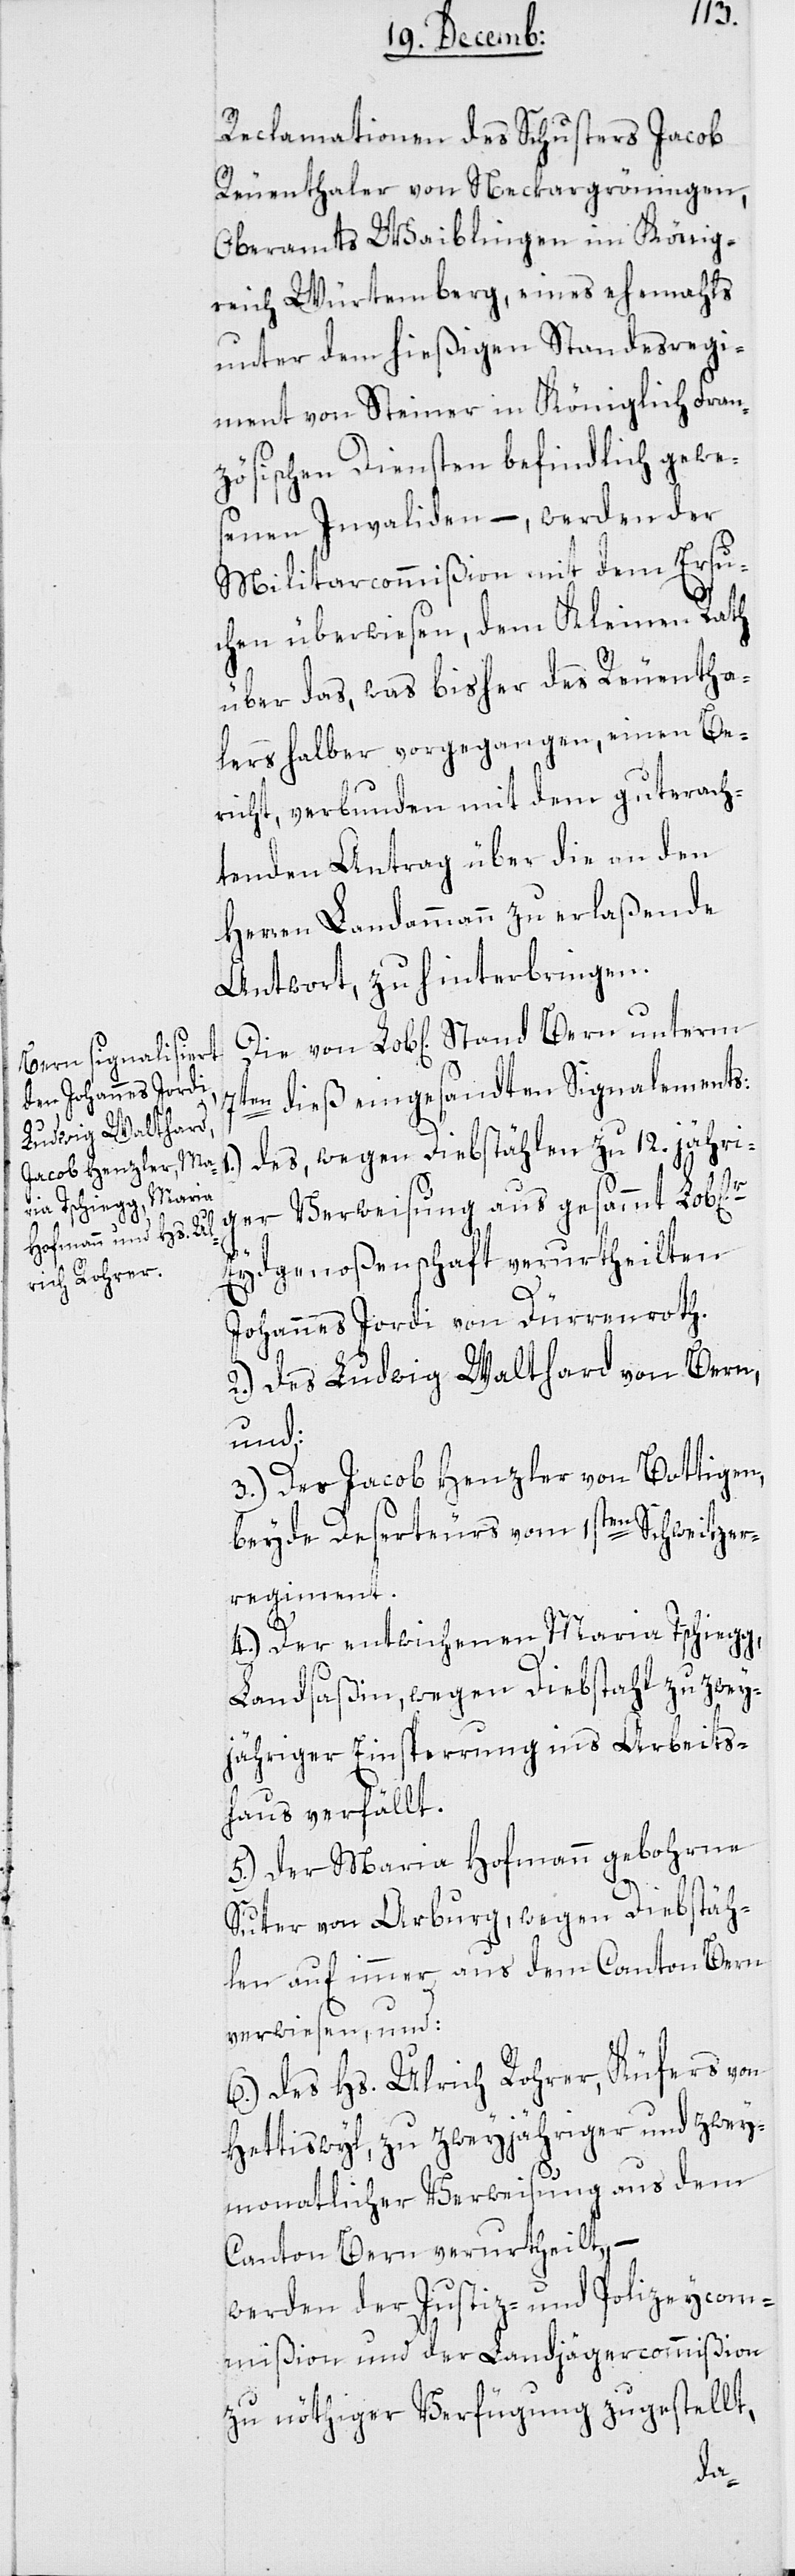
Bern unterm 7t¬

Reclamationen des Schusters Jacob
Reuenthaler von Neckargrönigen
Oberamts Waiblingen im König¬
reich Würtemberg, eines ehemals
unter dem hießigen Standesregi¬
ment von Steiner in Königlich Fran¬
zösischen Diensten befindlich gewes¬
enen Invaliden, – werden der
Militarcommißion mit dem Ersu¬
chen überwiesen, dem Kleinen Rath
über das, was bisher des Reuentha¬
lers halber vorgegangen, einen Be¬
richt, verbunden mit dem gut erach¬
tenden Antrag über die an den
Herren Landammann zu erlaßende
Antwort, zu hinterbringen.
en dieß eingesandten Signalements:
des, wegen Diebstählen zu 12.jähri¬
ger Verweisung aus gesammt Lob[li¬
Eydgenoßenschaft verurtheilten
cher]
Johannes Jordi von Dürrenroth.
2.) des Ludwig Walthard von Bern,
und:
3.) Des Jacob Henzler von Bottigen,
beyde Deserteurs vom 1sten Schweize¬
r-Regiment.
4.) Der entwichenen Maria Tschiegg,
Landsaßin, wegen Diebstahl zu zwey¬
jähriger Einsperrung ins Arbeits¬
haus verfällt.
5.) der Maria Hofmann, gebohrne
Suter von Arburg, wegen Diebstäh¬
len, auf immer aus dem Canton Bern
verwiesen, und:
6.) des Hs. Ulrich Rohrer, Küfers, von
Hettiswyl, zu zweyjähriger und zwey¬
monatlicher Verweisung aus dem
Canton Bern verurtheilt; –
werden der Justiz- und Polizeycom¬
mißion und der Landjägercommißion
zu nöthiger Verfügung zugestellt,